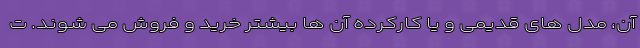
آن، مدل های قدیمی و یا کارکرده آن ها بیشتر خرید و فروش می شوند. ت